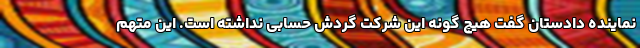
نماینده دادستان گفت هیچ گونه این شرکت گردش حسابی نداشته است. این متهم